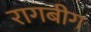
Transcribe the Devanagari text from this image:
रागबीग